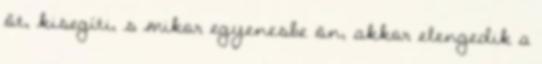
őt, kisegíti, s mikor egyenesbe ön, akkor elengedik a